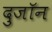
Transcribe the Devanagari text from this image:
दुजॉन